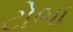
ટોભા